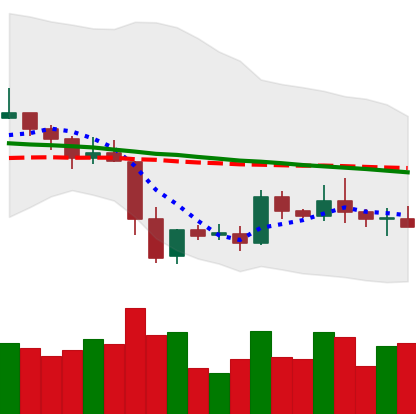
Ticker: XRP-USD
Chart end date: 2019-05-07
Forward return: 3.467%
Label: up_3_5